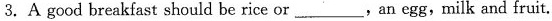
3. A good breakfast should be rice or ___, an egg,milk and fruit.